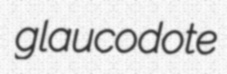
glaucodote